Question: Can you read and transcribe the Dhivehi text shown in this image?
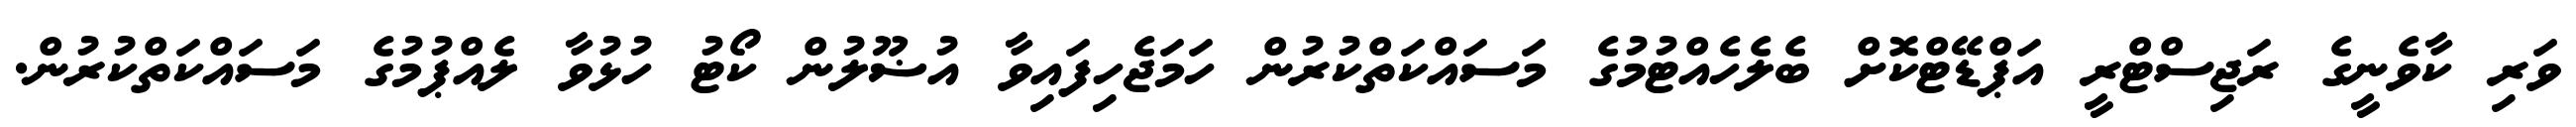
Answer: ވަރި ކާވެނީގެ ރަޖިސްޓްރީ އަޕްޑޭޓްކޮށް ބެލެހެއްޓުމުގެ މަސައްކަތްކުރުން ހަމަޖެހިފައިވާ އުޟޫލުން ކޯޓު ހުޅުވާ ލެއްޕުމުގެ މަސައްކަތްކުރުން.